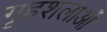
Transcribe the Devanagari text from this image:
गृहशलाओं